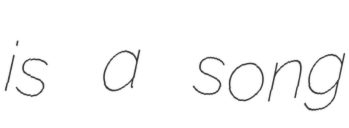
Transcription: is a song